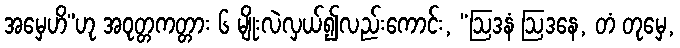
အမှေဟိ”ဟု အဝုတ္တကတ္တား ၆ မျိုးလဲလှယ်၍လည်းကောင်း, “ဩဒနံ ဩဒနေ, တံ တုမှေ,